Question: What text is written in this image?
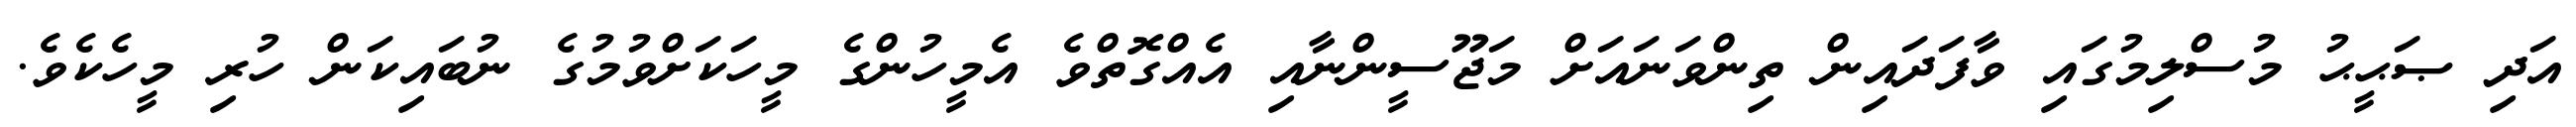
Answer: އަދި ޞަޙީޙު މުސްލިމުގައި ވާފަދައިން ތިންވަނައަށް މަޖޫސީންނާއި އެއްގޮތްވެ އެމީހުންގެ މީހަކަށްވުމުގެ ނުބައިކަން ހުރި މީހެކެވެ.